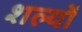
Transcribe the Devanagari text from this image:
शल्यों